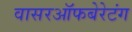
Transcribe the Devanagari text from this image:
वासरऑफबेरेटंग